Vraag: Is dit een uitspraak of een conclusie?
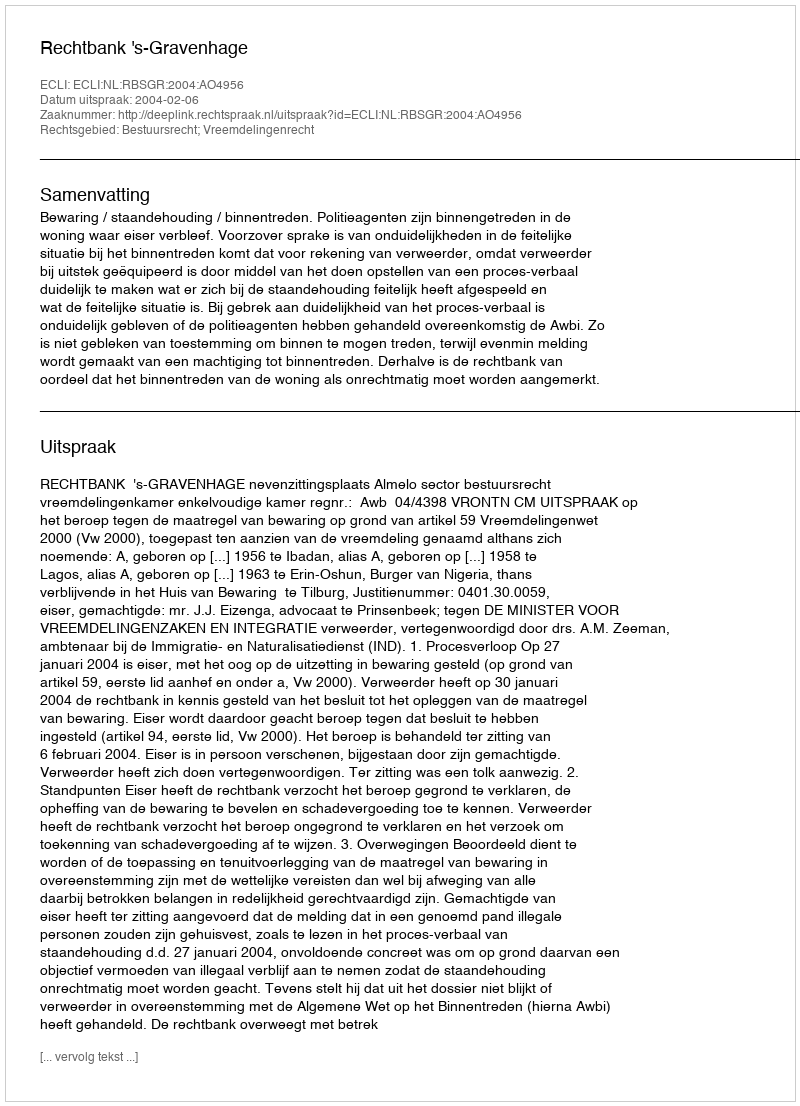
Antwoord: Uitspraak